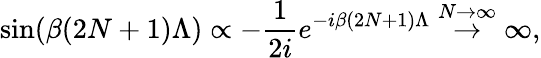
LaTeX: \sin(\beta(2N+1)\Lambda)\propto-\frac{1}{2i}e^{-i\beta(2N+1)\Lambda}\stackrel{N\rightarrow\infty}{\rightarrow}\infty,